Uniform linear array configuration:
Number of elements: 32
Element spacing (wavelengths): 0.5
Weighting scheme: binomial
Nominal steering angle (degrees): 30
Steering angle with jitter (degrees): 29.836
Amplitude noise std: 0.05
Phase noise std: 0.05

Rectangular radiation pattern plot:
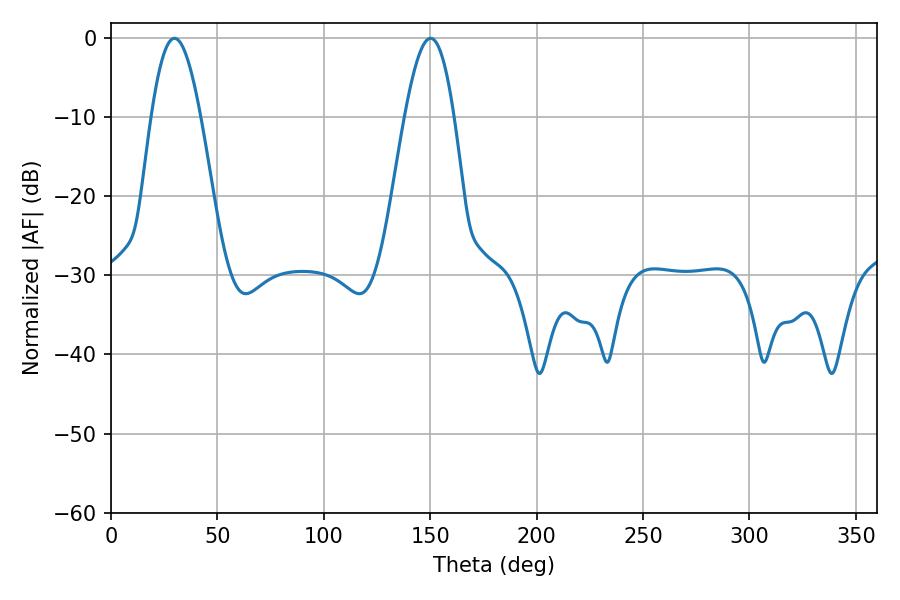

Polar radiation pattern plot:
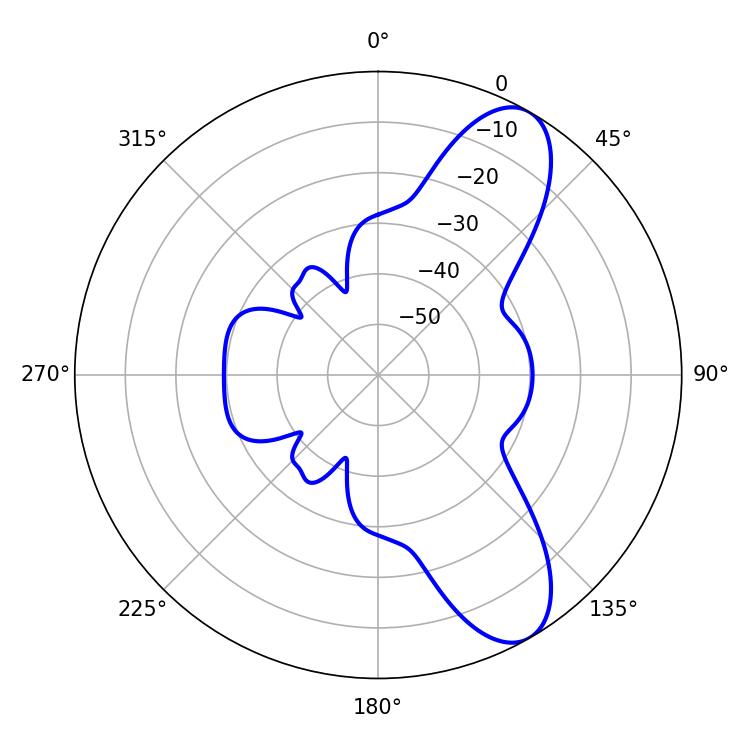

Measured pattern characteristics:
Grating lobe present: FALSE
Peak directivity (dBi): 9.232
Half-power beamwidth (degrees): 12.6
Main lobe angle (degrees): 29.88